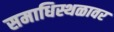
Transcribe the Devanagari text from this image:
समाधिस्थळावर